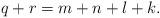
LaTeX: \begin{align*}q+r=m+n+l+k.\end{align*}